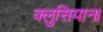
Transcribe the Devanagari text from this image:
क्लुसियाना